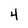
Character: 4